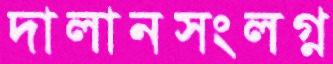
দালানসংলগ্ন